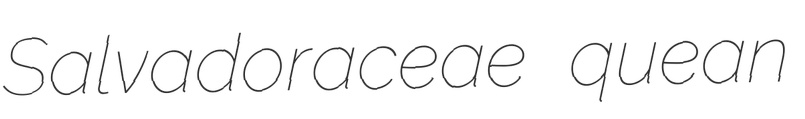
Salvadoraceae quean